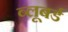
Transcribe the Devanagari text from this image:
ब्लूबर्ड